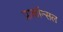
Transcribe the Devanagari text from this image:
प्राकॉन्सल